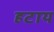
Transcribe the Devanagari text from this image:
हटाय